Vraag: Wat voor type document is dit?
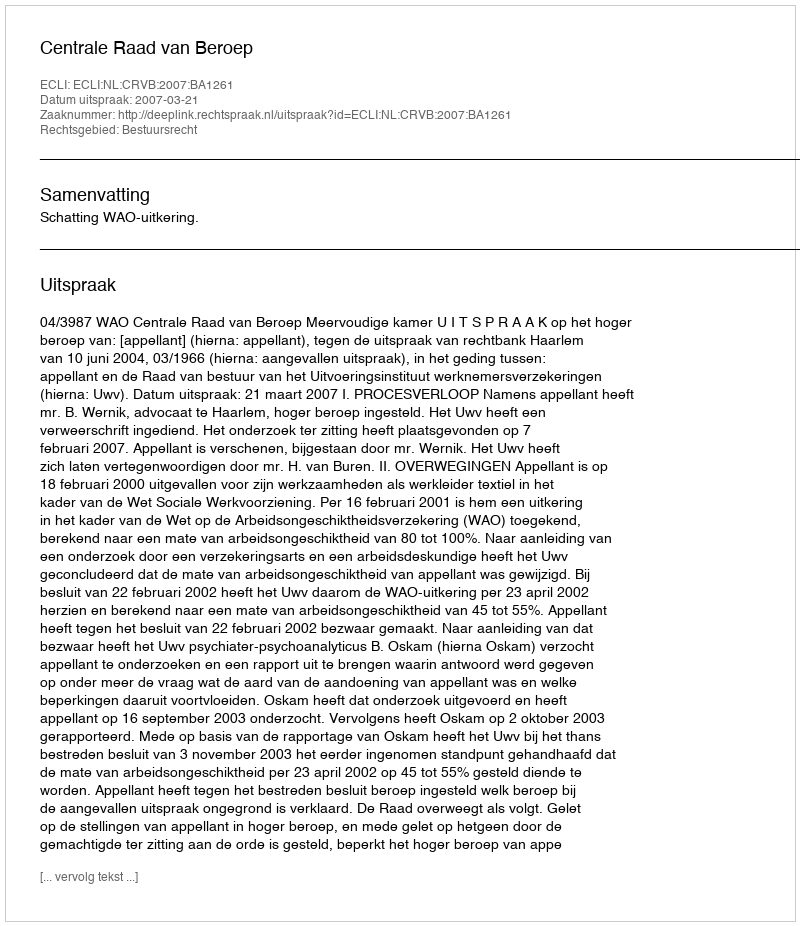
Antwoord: Uitspraak